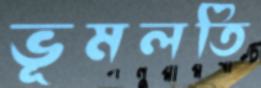
ভূমলতি